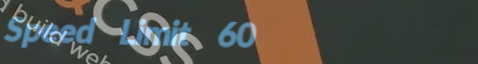
Speed Limit 60